Report on horse surra - Volume I
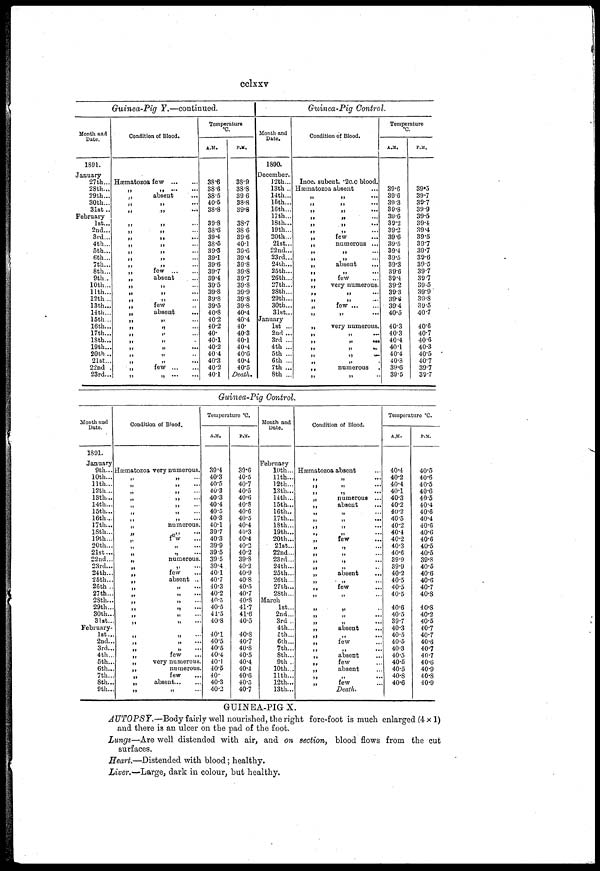
cclxxv
Month and
Date.
1891.
January
27th...
28th...
29th...
30th...
31st..
February
1st...
2nd...
3rd...
4th...
5th...
6th...
7th...
8th...
9th..
10th...
11th...
12th...
13th...
14th...
15th...
16th...
17th...
18th...
19th...
20th...
21st...
22nd .
23rd...
Guinea-Pig Y.—continued.
Condition of Blood.
Hæmatozoa few
...
...
„
absent
„ „ ...
„ „ ...
„ „ „ ...
„ „ ...
„ „ ...
„ „ ...
„ „ ...
„ „ ...
„
absent
„ „ ...
„ „ ...
„ „ ...
few
„
absent
„ „ ...
„ „ ...
„ „ ...
„ „ ...
„ „ ...
„
few
„ „ ...
Temperature
°C.
A.M.
38.6
38.6
38.5
40.5
38.8
39.8
38.6
39.4
38.5
39.3
39.1
39.6
39.7
39.4
39.5
39.8
39.8
39.5
40.8
40.2
40.2
40.
40.1
40.2
40.4
40.3
40.2
40.1
P.M.
38.9
38.8
39.6
38.8
39.8
38.7
38.6
39.6
40.1
39.6
39.4
39.8
39.8
39.7
39.8
39.9
39.8
39.8
40.4
40.4
40.
40.3
40.1
40.4
40.6
40.4
40.5
Death.
Month and
Date.
1890.
December.
12th...
13th ..
14th...
15th...
16th...
17th...
18th...
19th...
20th...
21st...
22nd...
23rd...
24th...
25th...
26th...
27th...
28th...
29th...
30th...
31st...
January
1st ...
2nd ...
3rd ...
4th ...
5th ...
6th ...
7th ...
8th ...
Guinea-Pig
Control.
Condition of Blood.
Inoc. subcut. .2 c.c blood.
Hæmatozoa absent
„ „ ...
„ „ ...
„ „ ...
„ „ ...
„
few
„
numerous ...
„ „ ...
„ „ ...
„
absent
„ „ ...
„
few
„
very numerous.
„ „ ...
„ „ ...
„
few
„ „ ...
„ „ ...
„
very numerous.
„ „ ...
„ „ ...
„ „ ...
„ „ ...
„
numerous
„ „ ...
Temperature
°C.
A.M.
39.6
39.6
39.3
39.8
39.6
39.2
39.2
39.6
39.5
39.4
39.5
39.3
39.6
39.4
39.2
39.3
39.6
39.4
40.5
40.3
40.3
40.4
40.1
40.4
40.8
39.6
39.5
P.M.
39.5
39.7
39.7
39.9
39.5
39.4
39.4
39.5
39.7
39.7
39.6.
39.5
39.7
39.7
39.5
39.9
39.8
39.5
40.7
40.6
40.7
40.6
40.3
40.5
40.7
39.7
39.7
Guinea-Pig Control.
Month and
Date.
1891.
January
9th...
10th...
11th...
12th...
13th...
14th...
15th...
16th...
17th...
18th...
19th...
20th...
21st...
22nd...
23rd...
24th...
25th...
26th ..
27th...
28th...
29th...
30th..
31st..
February..
1st..
2nd..
3rd..
4th..
5th..
6th..
7th..
8th...
9th...
Condition of Blood.
Hæmatozoa
„
„
„
„
„
„
„
„
„
„
„
„
„
„
„
„
„
„
„
„
„
„
„
„
„
„
„
„
„
„
very numerous.
„ ...
„ ...
„ ...
„ ...
„ ...
„ ...
„ ...
numerous.
„ ...
few...
„ ...
„ ...
numerous.
„ ...
few
absent ...
„ ...
„ ...
„ ...
„ ...
„ ...
„ ...
„ ...
„ ...
„ ...
„ ...
few
very numerous.
numerous.
few
absent
„ ...
Temperature °C.
A.M.
39.4
40.3
40.5
40.3
40.3
40.4
40.5
40.3
40.1
39.7
40.3
39.9
39.5
39.5
39.4
40.1
40.7
40.3
40.2
40.5
40.5
41.5
40.8
40.1
40.5
40.5
40.4
40.1
40.5
40.
40.3
40.2
P.M.
39.6
40.5
40.7
40.5
40.6
40.8
40.6
40.5
40.4
40.3
40.4
40.2
40.2
39.8
40.2
40.9
40.8
40.5
40.7
40.8
41.7
41.6
40.5
40.8
40.7
40.8
40.5
40.4
40.4
40.6
40.5
40.7
Month and
Date.
February
10th...
11th...
12th...
13th...
14th...
15th...
16th..
17th...
18th...
19th...
20th...
21st...
22nd...
23rd...
24th...
25th...
26th...
27th...
28th...
March
1st...
2nd...
3rd ..
4th...
5th...
6th...
7th...
8th...
9th ..
10th...
11th...
12th...
13th...
Condition of Blood.
Hæmatozoa absent
„ „ ...
„ „ ...
„ „ ...
„
numerous ...
„
absent
„ „ ...
„ „ ...
„ „ ...
„ „ ...
„
few
„ „ ...
„ „ ...
„ „ ...
„ „ ...
„
absent
„ „ ...
„
few
„ „ ...
„ „ ...
„ „ ...
„ „ ...
„
absent
„ „ ...
„
few
„
„
...
„
absent
„
few
„
absent
„ „ ...
„
few
Death.
Temperature °C.
A.M.
40.4
40.2
40.4
40.1
40.3
40.2
40.2
40.5
40.2
40.4
40.2
40.3
40.6
39.9
39.9
40.2
40.5
40.5
40.5
40.6
40.5
39.7
40.3
40.5
40.5
40.3
40.5
40.5
40.5
40.8
40.6
P.M.
40.5
40.6
40.5
40.6
40.5
40.4
40.6
40.4
40.6
40.6
40.6
40.5
40.5
39.3
40.5
40.6
40.6
40.7
40.8
40.8
40.2
40.5
40.7
40.7
40.6
40.7
40.7
40.6
40.9
40.8
40.9
GUINEA-PIG X.
AUTOPSY.—Body fairly well nourished, the right fore-foot is much enlarged (4×1)
and there is an ulcer on the pad of the foot.
Lungs—Are well distended with air, and on section, blood flows from the cut
surfaces.
Heart.—Distended with blood; healthy.
Liver.—Large, dark in colour, but healthy.